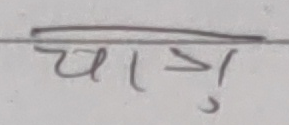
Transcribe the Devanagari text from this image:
चाङ्ग